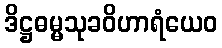
ဒိဋ္ဌဓမ္မသုခဝိဟာရံယေဝ